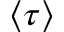
\langle \tau \rangle